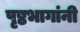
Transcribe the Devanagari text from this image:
पृष्ठभागांनी